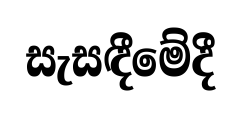
සැසඳීමේදී